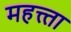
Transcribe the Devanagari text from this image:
महत्त्ता